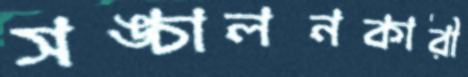
সঙ্চালনকারী